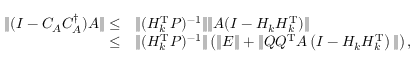
\begin{array} { r l } { \| ( I - C _ { A } C _ { A } ^ { \dagger } ) A \| \le } & { \| ( H _ { k } ^ { \mathrm { T } } P ) ^ { - 1 } \| \| A ( I - H _ { k } H _ { k } ^ { \mathrm { T } } ) \| } \\ { \le } & { \| ( H _ { k } ^ { \mathrm { T } } P ) ^ { - 1 } \| \left( \| E \| + \| Q Q ^ { \mathrm { T } } A \left( I - H _ { k } H _ { k } ^ { \mathrm { T } } \right) \| \right) , } \end{array}